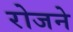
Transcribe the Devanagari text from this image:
रोजने